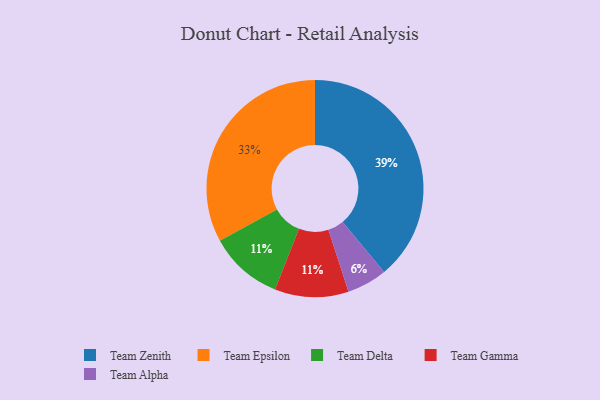
{"axis": {"x": "Category", "y": "Percentage"}, "legend": ["Team Alpha", "Team Delta", "Team Epsilon", "Team Gamma", "Team Zenith"], "data": [{"x": "Team Epsilon", "y": 33, "type": "Team Epsilon"}, {"x": "Team Alpha", "y": 6, "type": "Team Alpha"}, {"x": "Team Zenith", "y": 39, "type": "Team Zenith"}, {"x": "Team Delta", "y": 11, "type": "Team Delta"}, {"x": "Team Gamma", "y": 11, "type": "Team Gamma"}]}